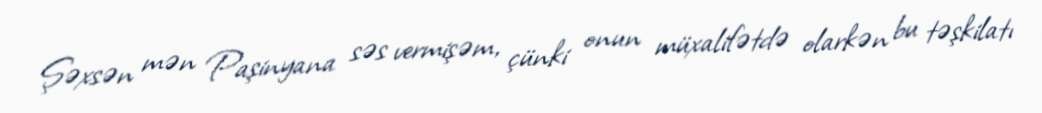
Şəxsən mən Paşinyana səs vermişəm, çünki onun müxalifətdə olarkən bu təşkilatı